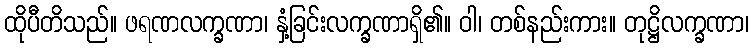
ထိုပီတိသည်။ ဖရဏလက္ခဏာ၊ နှံ့ခြင်းလက္ခဏာရှိ၏။ ဝါ၊ တစ်နည်းကား။ တုဋ္ဌိလက္ခဏာ၊